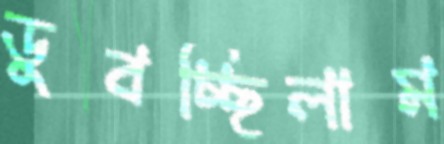
ডুবচ্ছিলাম